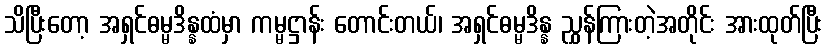
သိပြီးတော့ အရှင်ဓမ္မဒိန္နထံမှာ ကမ္မဋ္ဌာန်း တောင်းတယ်၊ အရှင်ဓမ္မဒိန္န ညွှန်ကြားတဲ့အတိုင်း အားထုတ်ပြီး